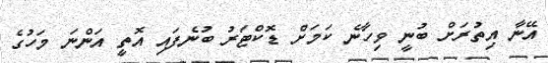
އޭނާ އިތުރަށް ބުނީ ވިހާނެ ކަމަށް ޑޮކްޓަރު ބުނެފައި އޮތީ އަންނަ މަހުގެ